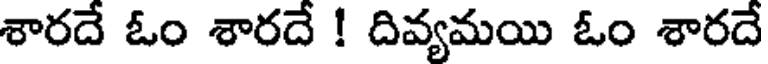
శారదే ఓం శారదే ! దివ్యమయి ఓం శారదే